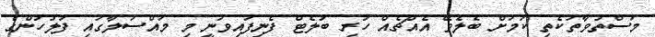
މަސްތުވާތަކެތި ކަމަށް ބެލެވޭ އެއްޗެއް ހުރި ބުލެޓް ފެނިފައިވަނީ މި މައްސަލާގައި ފުލުހުންގެ